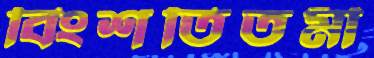
বিংশতিতমী